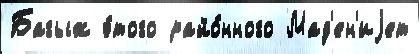
Багыж э́того райо́нного Мад'ен'иjет